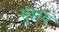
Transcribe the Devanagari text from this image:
मुंडाय